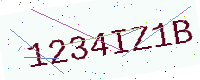
Text: 1234IZ1B